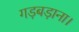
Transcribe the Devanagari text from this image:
गड़बड़ाना।